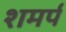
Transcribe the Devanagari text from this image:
शमर्प